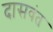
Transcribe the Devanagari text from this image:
दासवंत